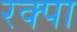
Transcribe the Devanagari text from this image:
रक्पा